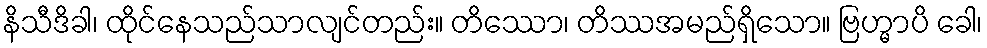
နိသီဒိခါ၊ ထိုင်နေသည်သာလျင်တည်း။ တိဿော၊ တိဿအမည်ရှိသော။ ဗြဟ္မာပိ ခေါ၊